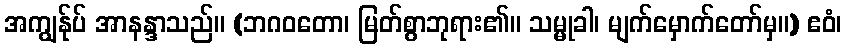
အကျွန်ုပ် အာနန္ဒာသည်။ (ဘဂဝတော၊ မြတ်စွာဘုရား၏။ သမ္မုခါ၊ မျက်မှောက်တော်မှ။) ဧဝံ၊